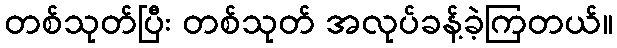
တစ်သုတ်ပြီး တစ်သုတ် အလုပ်ခန့်ခဲ့ကြတယ်။